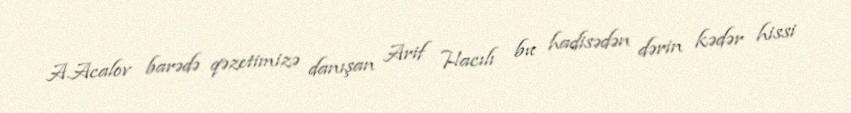
A.Acalov barədə qəzetimizə danışan Arif Hacılı bu hadisədən dərin kədər hissi